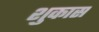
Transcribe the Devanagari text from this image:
शुकास